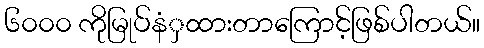
၆၀၀၀ ကိုမြုပ်နံှထားတာကြောင့်ဖြစ်ပါတယ်။